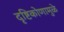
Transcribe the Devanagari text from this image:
दृष्टिकोणामुळे